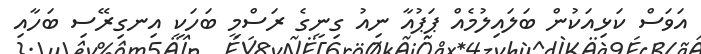
އަވަސް ކަޅިއަކުން ބަލައިލުމެއް ޕަޕުއާ ނިއު ގިނީގެ ރަސްމީ ބަހަކީ އިނގިރޭސި ބަހާއި